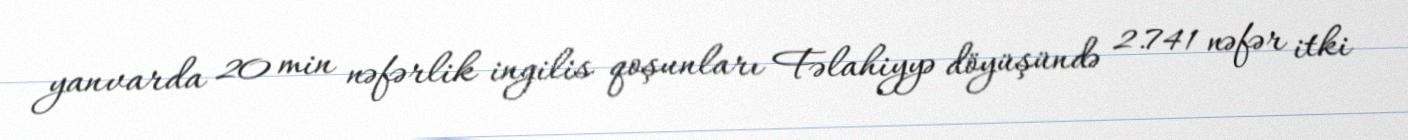
yanvarda 20 min nəfərlik ingilis qoşunları Fəlahiyyə döyüşündə 2.741 nəfər itki